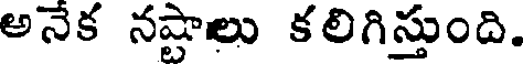
అనేక నష్టాలు కలిగిస్తుంది.